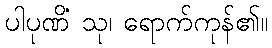
ပါပုဏိံ သု၊ ရောက်ကုန်၏။